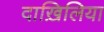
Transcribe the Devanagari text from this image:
दाख़िलिया